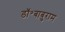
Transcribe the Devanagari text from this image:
डॉ॰बाबुराम